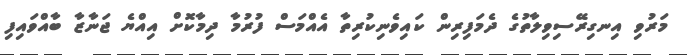
މަރުވި އިނގިރޭސިވިލާތުގެ ދެމަފިރިން ކައިވެނިކުރިތާ އެއްމަސް ފުރުމާ ދިމާކޮށް އިއްޔެ ޖަނާޒާ ބާއްވައިފި